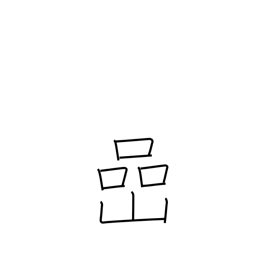
Meaning: rock